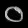
Digit: ၀